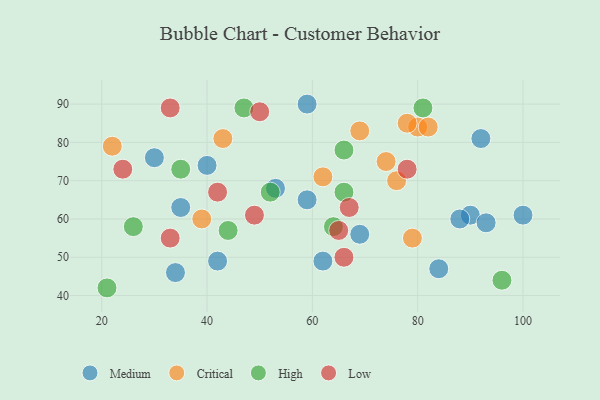
{"axis": {"x": "GDP", "y": "Life Expectancy"}, "legend": ["Critical", "High", "Low", "Medium"], "data": [{"x": "90", "y": 61, "type": "Medium"}, {"x": "53", "y": 68, "type": "Medium"}, {"x": "84", "y": 47, "type": "Medium"}, {"x": "35", "y": 63, "type": "Medium"}, {"x": "30", "y": 76, "type": "Medium"}, {"x": "92", "y": 81, "type": "Medium"}, {"x": "69", "y": 56, "type": "Medium"}, {"x": "93", "y": 59, "type": "Medium"}, {"x": "62", "y": 49, "type": "Medium"}, {"x": "40", "y": 74, "type": "Medium"}, {"x": "59", "y": 65, "type": "Medium"}, {"x": "100", "y": 61, "type": "Medium"}, {"x": "42", "y": 49, "type": "Medium"}, {"x": "34", "y": 46, "type": "Medium"}, {"x": "88", "y": 60, "type": "Medium"}, {"x": "59", "y": 90, "type": "Medium"}, {"x": "76", "y": 70, "type": "Critical"}, {"x": "69", "y": 83, "type": "Critical"}, {"x": "80", "y": 84, "type": "Critical"}, {"x": "62", "y": 71, "type": "Critical"}, {"x": "43", "y": 81, "type": "Critical"}, {"x": "74", "y": 75, "type": "Critical"}, {"x": "79", "y": 55, "type": "Critical"}, {"x": "39", "y": 60, "type": "Critical"}, {"x": "82", "y": 84, "type": "Critical"}, {"x": "78", "y": 85, "type": "Critical"}, {"x": "22", "y": 79, "type": "Critical"}, {"x": "64", "y": 58, "type": "High"}, {"x": "26", "y": 58, "type": "High"}, {"x": "35", "y": 73, "type": "High"}, {"x": "81", "y": 89, "type": "High"}, {"x": "96", "y": 44, "type": "High"}, {"x": "66", "y": 67, "type": "High"}, {"x": "44", "y": 57, "type": "High"}, {"x": "52", "y": 67, "type": "High"}, {"x": "66", "y": 78, "type": "High"}, {"x": "21", "y": 42, "type": "High"}, {"x": "47", "y": 89, "type": "High"}, {"x": "24", "y": 73, "type": "Low"}, {"x": "33", "y": 55, "type": "Low"}, {"x": "65", "y": 57, "type": "Low"}, {"x": "66", "y": 50, "type": "Low"}, {"x": "33", "y": 89, "type": "Low"}, {"x": "78", "y": 73, "type": "Low"}, {"x": "42", "y": 67, "type": "Low"}, {"x": "49", "y": 61, "type": "Low"}, {"x": "50", "y": 88, "type": "Low"}, {"x": "67", "y": 63, "type": "Low"}]}